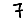
Digit: 7